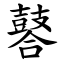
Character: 䶀